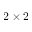
2 \times 2